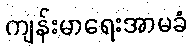
ကျန်းမာရေးအာမခံ